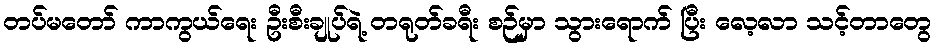
တပ်မတော် ကာကွယ်ရေး ဦးစီးချုပ်ရဲ့ တရုတ်ခရီး စဉ်မှာ သွားရောက် ပြီး လေ့လာ သင့်တာတွေ